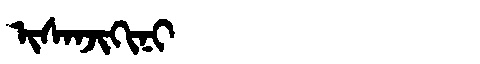
Manchu: ᡳᠰᠠᠨᠵᡳᡴᡳᠨᡳ
Romanization: ISANJIKINI